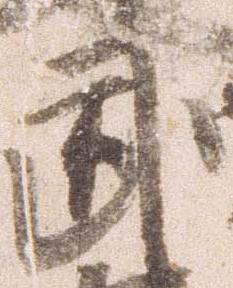
武